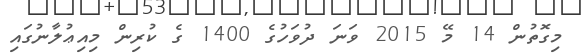
މިގޮތުން 14 މޭ 2015 ވަނަ ދުވަހުގެ 1400 ގެ ކުރިން މިއިޢުލާނުގައި